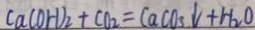
C a ( O H ) _ { 2 } + C O _ { 2 } = C a C O _ { 3 } \downarrow + H _ { 2 } O